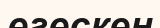
егескен